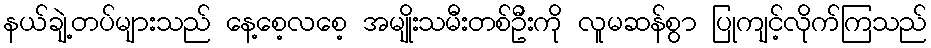
နယ်ချဲ့တပ်များသည် နေ့စေ့လစေ့ အမျိုးသမီးတစ်ဦးကို လူမဆန်စွာ ပြုကျင့်လိုက်ကြသည်